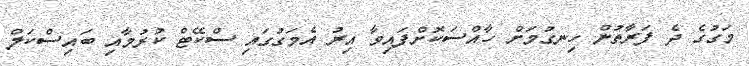
މަގުގެ ދެ ފަރާތުން ހިނގުމަށް ހާއްސަކޮށްފައިވާ އިރު އެމަގުގައި ސްކޭޓް ކުރުމާއި ބައިސްކަލް